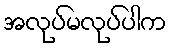
အလုပ်မလုပ်ပါက